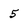
Character: 5